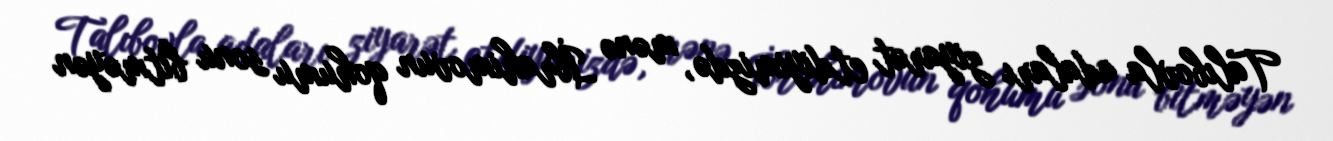
Talıbovla adaları ziyarət etdiyimizdə, mənə İbrahimovun qohumu sonu bitməyən